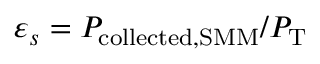
\varepsilon _ { s } = P _ { \mathrm { c o l l e c t e d , S M M } } / P _ { \mathrm { T } }